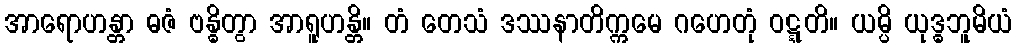
အာရောဟန္တာ ဓဇံ ဗန္ဓိတွာ အာရူဟန္တိ။ တံ တေသံ ဒဿနာတိက္ကမေ ဂဟေတုံ ဝဋ္ဋတိ။ ယမ္ပိ ယုဒ္ဓဘူမိယံ